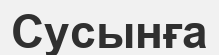
Сусынға